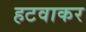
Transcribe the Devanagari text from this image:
हटवाकर